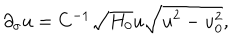
LaTeX: \partial _ { \sigma } u = C ^ { - 1 } \sqrt { H _ { 0 } } u \sqrt { u ^ { 2 } - u _ { 0 } ^ { 2 } } ,